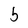
Character: b